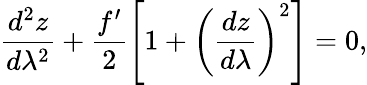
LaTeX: \frac{d^{2}z}{d\lambda^{2}}+\frac{f^{\prime}}{2}\left[1+\left(\frac{dz}{d\lambda}\right)^{2}\right]=0,